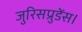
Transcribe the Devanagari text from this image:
जुरिसप्रुडेंस।